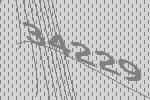
34229